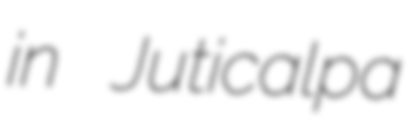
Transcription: in Juticalpa